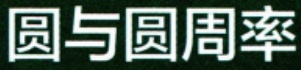
圆与圆周率